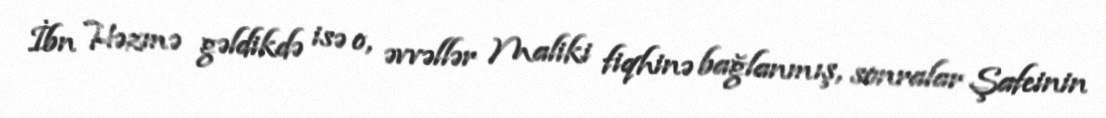
İbn Həzmə gəldikdə isə o, əvvəllər Maliki fiqhinə bağlanmış, sonralar Şafeinin